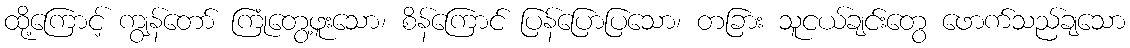
ထို့ကြောင့် ကျွန်တော် ကြုံတွေ့ဖူးသော၊ စိန်ကြောင် ပြန်ပြောပြသော၊ တခြား သူငယ်ချင်းတွေ ဖောက်သည်ချသော